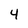
Character: 4